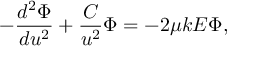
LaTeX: - \frac { d ^ { 2 } \Phi } { d u ^ { 2 } } + \frac { C } { u ^ { 2 } } \Phi = - 2 \mu k E \Phi ,